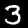
Digit: 3